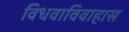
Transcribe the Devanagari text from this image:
विधवाविवाहास